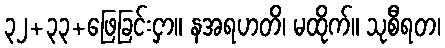
၃၂+၃၃+ဖြေခြင်းငှာ။ နအရဟတိ၊ မထိုက်။ သုစီရတ၊